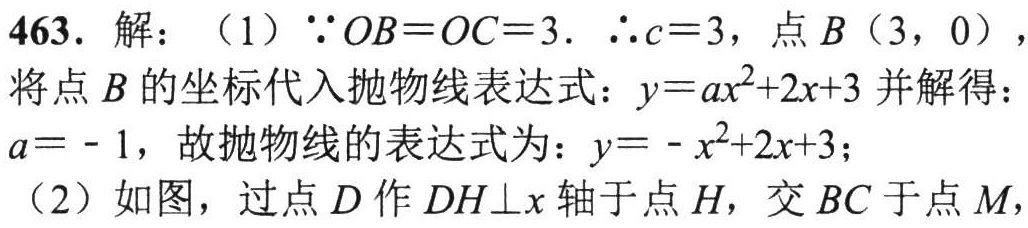
463. 解：（1）\(\because OB = OC = 3\). \(\therefore c = 3\)，点\(B(3,0)\)，
将点\(B\)的坐标代入抛物线表达式：\(y = ax^{2}+2x + 3\)并解得：
\(a = - 1\)，故抛物线的表达式为：\(y=-x^{2}+2x + 3\)；
（2）如图，过点\(D\)作\(DH\perp x\)轴于点\(H\)，交\(BC\)于点\(M\)，